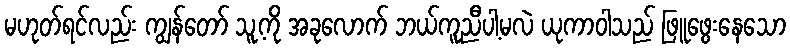
မဟုတ်ရင်လည်း ကျွန်တော် သူ့ကို အခုလောက် ဘယ်ကူညီပါ့မလဲ ယုကာဝါသည် ဖြူဖွေးနေသော